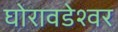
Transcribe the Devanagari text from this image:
घोरावडेश्वर